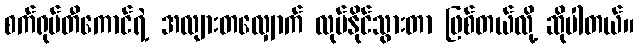
စက်ရုပ်တီကောင်ရဲ့ အလျားတလျှောက် လုပ်နိုင်သွားတာ ဖြစ်တယ်လို့ ဆိုပါတယ်။